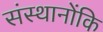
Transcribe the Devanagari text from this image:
संस्थानोंकि